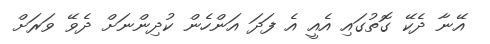
އޭނާ ދެކޭ ގޮތުގައި އެއީ އެ ފަދަ އަންހެން ކުދިންނަށް ދެވޭ ވަރަށް